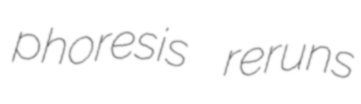
phoresis reruns